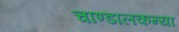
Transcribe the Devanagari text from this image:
चाण्डालकन्या